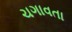
ચગાવતા